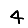
Digit: 4